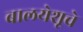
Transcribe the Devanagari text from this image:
बालयेशूचे